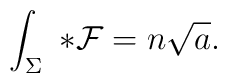
\int _{\Sigma} \ {*}{\cal F} = n\sqrt{a}.